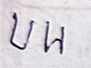
บน